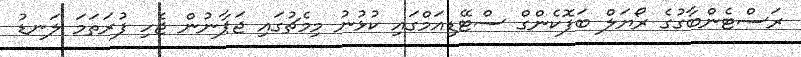
ރަސްޓެންބާގުގެ ރޯޔަލް ބަފޮކެންގް ސްޓޭޑިއަމްގައި ކުޅުނު މިމެޗުގައި ޖަޕާނުން ޖެހި ފުރަތަމަ ލަނޑު